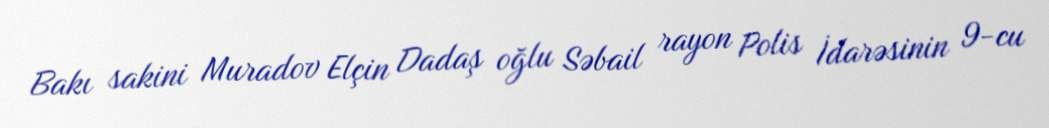
Bakı sakini Muradov Elçin Dadaş oğlu Səbail rayon Polis İdarəsinin 9-cu